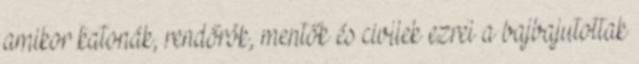
amikor katonák, rendőrök, mentők és civilek ezrei a bajbajutottak